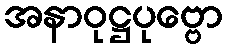
အနာဝုဋ္ဌပုဗ္ဗော